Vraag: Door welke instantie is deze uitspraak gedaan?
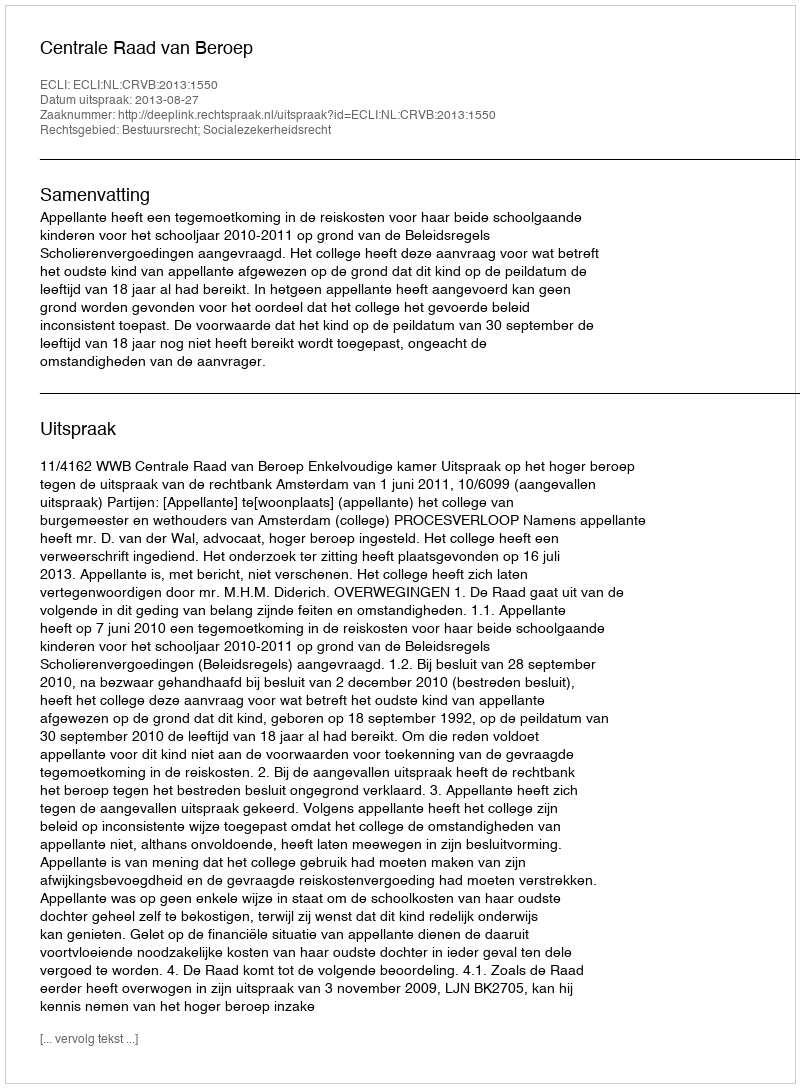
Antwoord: Centrale Raad van Beroep